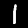
Digit: 1